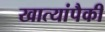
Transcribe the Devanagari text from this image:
खात्यांपैकी